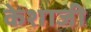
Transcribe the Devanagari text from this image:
केशाजी